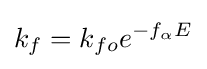
k_{f}=k_{fo}e^{-f_{\alpha }E}